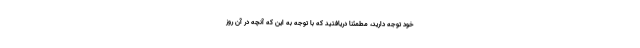
خود توجه دارید، مطمئنا دریافتید که با توجه به این که آنچه در آن روز